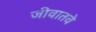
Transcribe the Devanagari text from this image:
जीवातवे